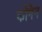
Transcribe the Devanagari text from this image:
कोनेन